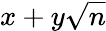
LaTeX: x+y{\sqrt{n}}